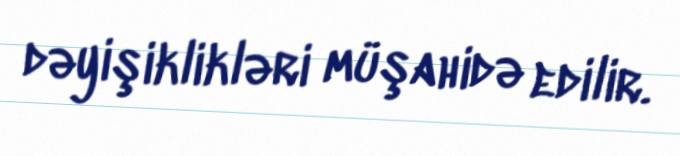
dəyişiklikləri müşahidə edilir.